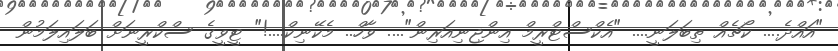
"އައްދެ.... ކޯޗެއް ތިބަލަނީ.... "އެކްސްޓްރީމް އިންޖިނިއަރިން".... ވާހް.. މެކޭނިކް....!" ޓީވީގެ ސްކްރީނަށް ބަލައިލަމުން